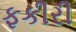
ફકીરી